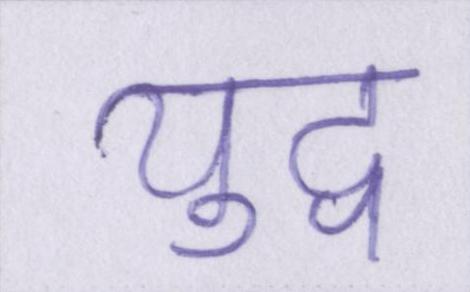
युद्व